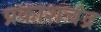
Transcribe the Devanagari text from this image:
प्रकाशचंद्र